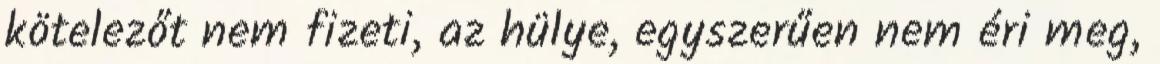
kötelezőt nem fizeti, az hülye, egyszerűen nem éri meg,